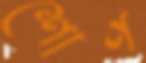
শোণ